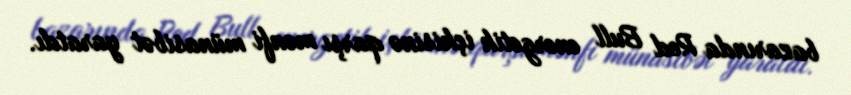
bazarında Red Bull energetik içkisinə qarşı mənfi münasibət yaratdı.